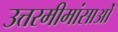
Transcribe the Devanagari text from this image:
उत्तरमीमांसाओं